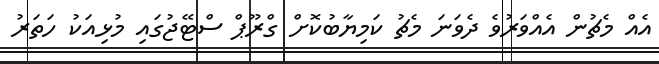
އެއް މެޗުން އެއްވަރުވެ ދެވަނަ މެޗު ކަމިޔާބުކޮށް ގްރޫޕް ސްޓޭޖުގައި މުޅިއަކު ހަތަރު